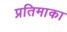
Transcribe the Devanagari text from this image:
प्रतिमाका